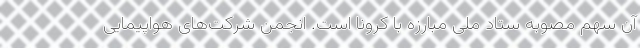
آن سهم مصوبه ستاد ملی مبارزه با کرونا است. انجمن شرکت‌های هواپیمایی